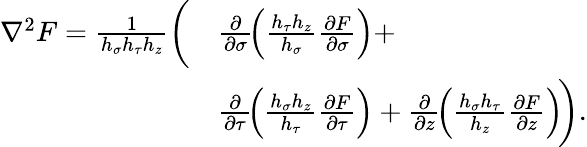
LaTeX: \begin{array}{rl}{\nabla^{2}F=\frac{1}{h_{\sigma}h_{\tau}h_{z}}\bigg(}&{\frac{\partial}{\partial\sigma}\! \left(\frac{h_{\tau}h_{z}}{h_{\sigma}}\frac{\partial F}{\partial\sigma}\right)+}\\ &{\frac{\partial}{\partial\tau}\! \left(\frac{h_{\sigma}h_{z}}{h_{\tau}}\frac{\partial F}{\partial\tau}\right)+\frac{\partial}{\partial z}\! \left(\frac{h_{\sigma}h_{\tau}}{h_{z}}\frac{\partial F}{\partial z}\right)\! \bigg).}\end{array}